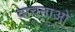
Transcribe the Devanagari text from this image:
वाचनाओं